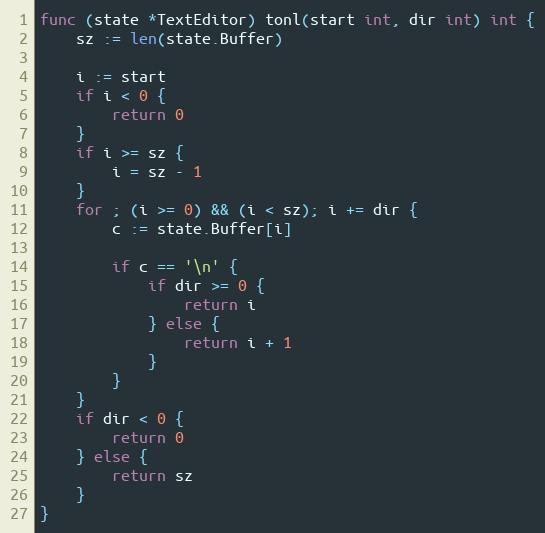
Language: Go
func (state *TextEditor) tonl(start int, dir int) int {
	sz := len(state.Buffer)

	i := start
	if i < 0 {
		return 0
	}
	if i >= sz {
		i = sz - 1
	}
	for ; (i >= 0) && (i < sz); i += dir {
		c := state.Buffer[i]

		if c == '\n' {
			if dir >= 0 {
				return i
			} else {
				return i + 1
			}
		}
	}
	if dir < 0 {
		return 0
	} else {
		return sz
	}
}